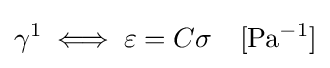
\gamma ^{1}\iff \varepsilon =C\sigma \quad \mathrm {[Pa^{-1}]}